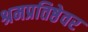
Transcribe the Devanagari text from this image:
श्रमप्रतिष्ठेवर